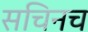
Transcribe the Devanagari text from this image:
सचिनच